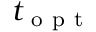
t _ { \mathrm { ~ o ~ p ~ t ~ } }